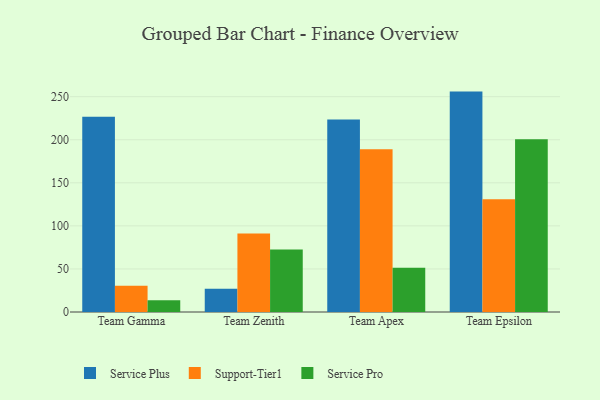
{"axis": {"x": "Team", "y": "Operating Costs (USD K)"}, "legend": ["Service Plus", "Service Pro", "Support-Tier1"], "data": [{"x": "Team Gamma", "y": 226.6, "type": "Service Plus"}, {"x": "Team Gamma", "y": 30.5, "type": "Support-Tier1"}, {"x": "Team Gamma", "y": 13.6, "type": "Service Pro"}, {"x": "Team Zenith", "y": 27.1, "type": "Service Plus"}, {"x": "Team Zenith", "y": 91.2, "type": "Support-Tier1"}, {"x": "Team Zenith", "y": 72.5, "type": "Service Pro"}, {"x": "Team Apex", "y": 223.4, "type": "Service Plus"}, {"x": "Team Apex", "y": 189.1, "type": "Support-Tier1"}, {"x": "Team Apex", "y": 51.3, "type": "Service Pro"}, {"x": "Team Epsilon", "y": 255.9, "type": "Service Plus"}, {"x": "Team Epsilon", "y": 131.0, "type": "Support-Tier1"}, {"x": "Team Epsilon", "y": 200.5, "type": "Service Pro"}]}